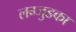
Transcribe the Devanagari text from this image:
लम्जुडका